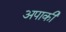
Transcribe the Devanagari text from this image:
अपाकी